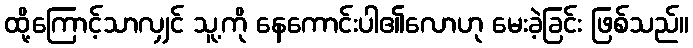
ထို့ကြောင့်သာလျှင် သူ့ကို နေကောင်းပါ၏လောဟု မေးခဲ့ခြင်း ဖြစ်သည်။